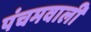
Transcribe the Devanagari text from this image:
पंचमवाली